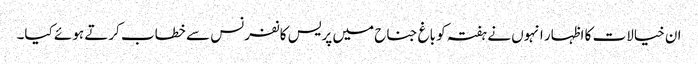
ان خیالات کا اظہار انہوں نے ہفتہ کو باغ جناح میں پریس کانفرنس سے خطاب کرتے ہوئے کیا۔